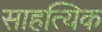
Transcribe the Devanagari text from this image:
साहत्यिक